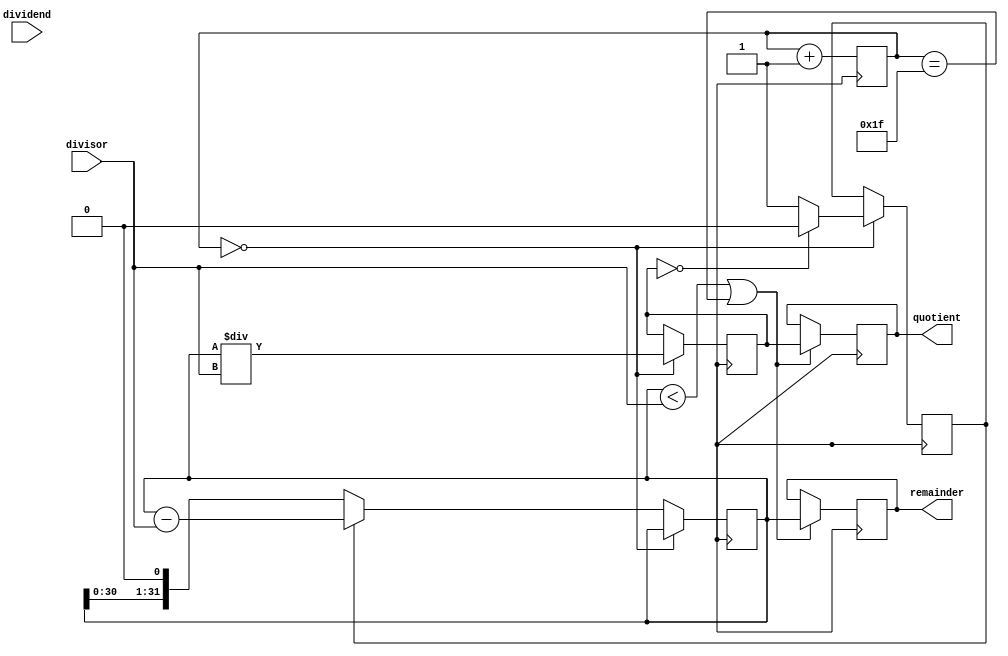
module shift_subtract_divider (
    input signed [31:0] dividend,
    input signed [31:0] divisor,
    output reg signed [31:0] quotient,
    output reg signed [31:0] remainder
);

reg signed [31:0] partial_quotient;
reg signed [31:0] shifted_remainder;

reg [4:0] shift_count;
reg subtractor_enable;

always @ (posedge clk) begin
    if (shift_count == 0) begin
        partial_quotient <= shifted_remainder / divisor;
        if (partial_quotient == 0)
            subtractor_enable <= 0;
        else
            subtractor_enable <= 1;
    end else begin
        shifted_remainder <= shifted_remainder << 1;
        if (subtractor_enable)
            shifted_remainder <= shifted_remainder - divisor;
    end
    
    shift_count <= shift_count + 1;
    
    if (shifted_remainder < divisor || shift_count == 31) begin
        quotient <= partial_quotient;
        remainder <= shifted_remainder;
    end
end

endmodule